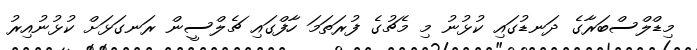
މިޑްލްސްބަރާގެ ދަނޑުގައި ކުޅުނު މި މެޗުގެ ފުރަތަމަ ހާފްގައި ޗެލްސީން ރަނގަޅަށް ކުޅުނުއިރު